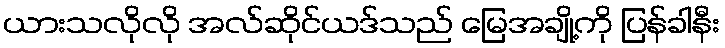
ယားသလိုလို အလ်ဆိုင်ယဒ်သည် မြေအချို့ကို ပြန်ခါနီး